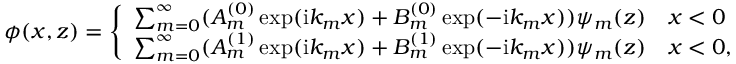
\phi ( x , z ) = \left\{ \begin{array} { l l } { \sum _ { m = 0 } ^ { \infty } ( A _ { m } ^ { ( 0 ) } \exp ( \mathrm { i } k _ { m } x ) + B _ { m } ^ { ( 0 ) } \exp ( - \mathrm { i } k _ { m } x ) ) \psi _ { m } ( z ) } & { x < 0 } \\ { \sum _ { m = 0 } ^ { \infty } ( A _ { m } ^ { ( 1 ) } \exp ( \mathrm { i } k _ { m } x ) + B _ { m } ^ { ( 1 ) } \exp ( - \mathrm { i } k _ { m } x ) ) \psi _ { m } ( z ) } & { x < 0 , } \end{array} \right.